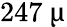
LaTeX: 247~\upmu